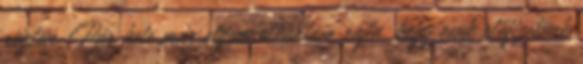
rögtön. Pár hete már elgondolkodtam rajta, hogy csak előfizetünk